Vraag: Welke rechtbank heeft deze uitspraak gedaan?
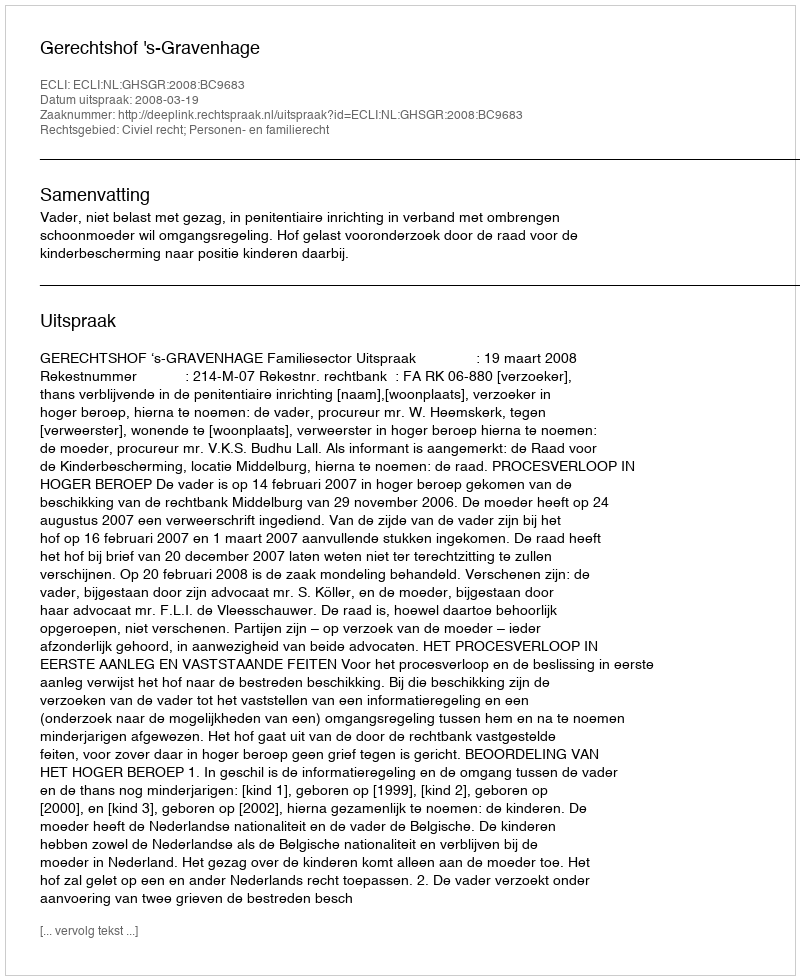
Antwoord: Gerechtshof 's-Gravenhage